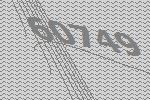
60749